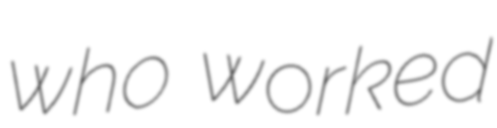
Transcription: who worked